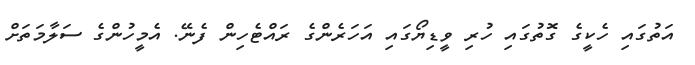
އަތުގައި ހެކީގެ ގޮތުގައި ހުރި ވީޑިޔޯގައި އަހަރެންގެ ރައްޓެހިން ފެނޭ. އެމީހުންގެ ސަލާމަތަށް